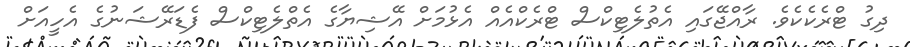
ދިގު ޓްރެކެކެވެ. ރާއްޖޭގައި އެތުލެޓިކްސް ޓްރެކްއެއް އެޅުމަށް އޭޝިޔާގެ އެތްލެޓިކްސް ފެޑަރޭޝަނުގެ އެހީއަށް